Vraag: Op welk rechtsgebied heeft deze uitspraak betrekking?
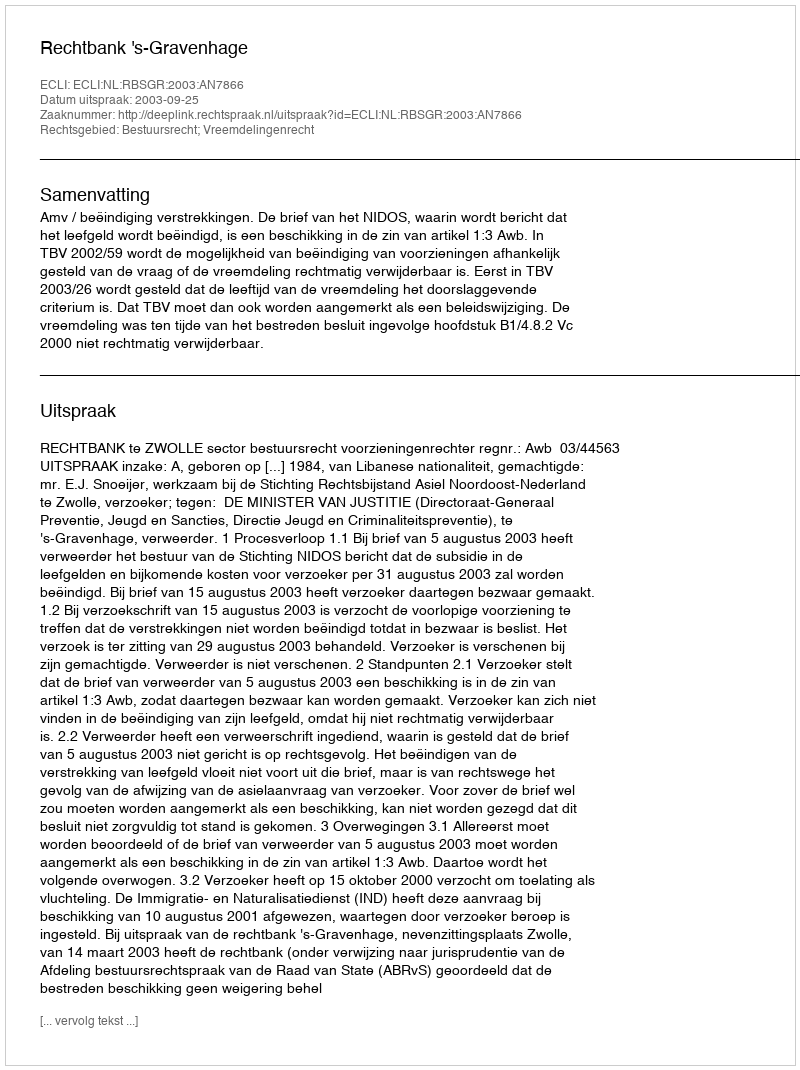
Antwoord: Bestuursrecht; Vreemdelingenrecht